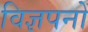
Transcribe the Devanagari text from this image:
विज्ञपनों